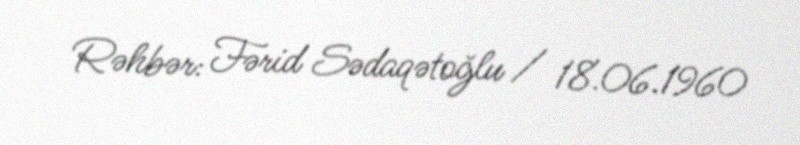
Rəhbər: Fərid Sədaqətoğlu / 18.06.1960